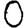
Digit: 0